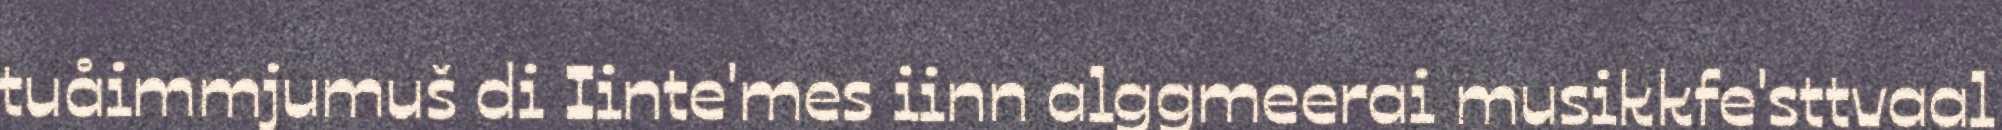
tuåimmjumuš di Iinte'mes iinn alggmeerai musikkfe'sttvaal